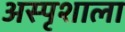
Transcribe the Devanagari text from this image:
अस्पृशाला